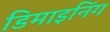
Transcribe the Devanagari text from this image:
डिमाइनिंग